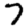
Digit: 7